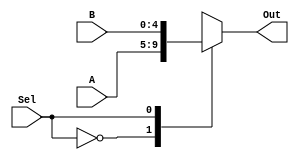
module Mux2x1_5bit(A,B,Sel,Out);

	input Sel;
	input [4:0] A,B;
	
	output reg [4:0] Out;
	
	always @(A or B or Sel)
	begin
	case (Sel)
	1'b0:Out=A;
	1'b1:Out=B;
	endcase
	end


endmodule